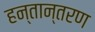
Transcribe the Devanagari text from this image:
हन्तान्तरण